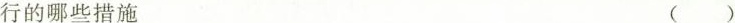
行的哪些措施 ()